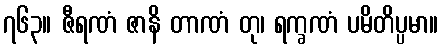
၇၆၃။ ဇီရဏံ ဇာနိ တာဏံ တု၊ ရက္ခဏံ ပမိတိပ္ပမာ။